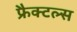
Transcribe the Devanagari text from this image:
फ्रैक्टल्स